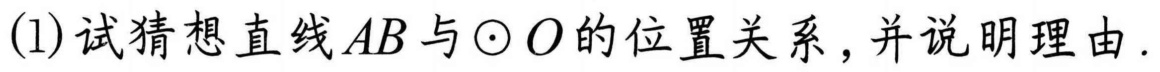
(1)试猜想直线\(AB\)与\(\odot O\)的位置关系，并说明理由.